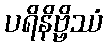
ပရိနိဗ္ဗိဿံ